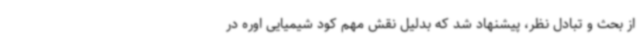
از بحث و تبادل نظر، پیشنهاد شد که بدلیل نقش مهم کود شیمیایی اوره در